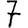
Digit: 7